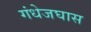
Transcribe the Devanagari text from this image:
गंधेजघास